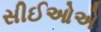
સીઈઓએ